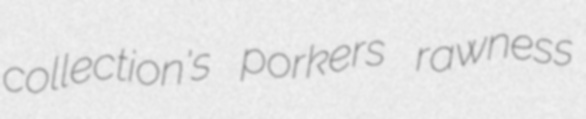
collection's porkers rawness